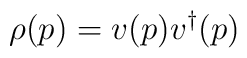
\rho(p) = v(p) v^{\dagger}(p)